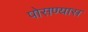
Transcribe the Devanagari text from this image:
पोसण्यास